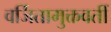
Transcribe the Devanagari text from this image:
वर्जितामुक्तवतीं